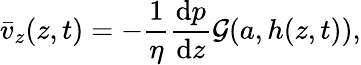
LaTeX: \bar{v}_{z}(z,t)=-\frac{1}{\eta}\frac{\mathrm{d}p}{\mathrm{d}z}\mathcal{G}(a,h(z,t)),